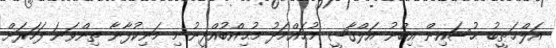
އަލްޚަޠީބު ޙުސައިން އިބްނު އަލްޤާޟީ މުޙައްމަދު މުޙިއްބުއްދީނު މި މަނިކުފާނާ ތިންވަނަ ފަހަރަށް